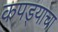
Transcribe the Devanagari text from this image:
कपड्याचा